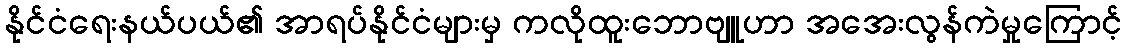
နိုင်ငံရေးနယ်ပယ်၏ အာရပ်နိုင်ငံများမှ ကလိုထူးဘောဗျူဟာ အအေးလွန်ကဲမှုကြောင့်